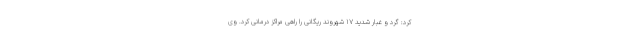
کرد: گرد و غبار شدید ۱۷ شهروند ریگانی را راهی مراکز درمانی کرد. وی